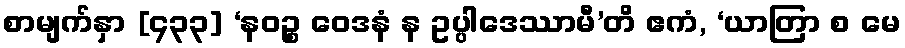
စာမျက်နှာ [၄၃၃] ‘နဝဉ္စ ဝေဒနံ န ဥပ္ပါဒေဿာမီ’တိ ဧကံ, ‘ယာတြာ စ မေ